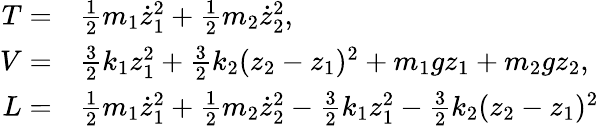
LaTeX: \begin{array}{rl}{T=}&{{}\frac{1}{2}m_{1}\dot{z}_{1}^{2}+\frac{1}{2}m_{2}\dot{z}_{2}^{2},}\\ {V=}&{{}\frac{3}{2}k_{1}z_{1}^{2}+\frac{3}{2}k_{2}(z_{2}-z_{1})^{2}+m_{1}gz_{1}+m_{2}gz_{2},}\\ {L=}&{{}\frac{1}{2}m_{1}\dot{z}_{1}^{2}+\frac{1}{2}m_{2}\dot{z}_{2}^{2}-\frac{3}{2}k_{1}z_{1}^{2}-\frac{3}{2}k_{2}(z_{2}-z_{1})^{2}}\end{array}